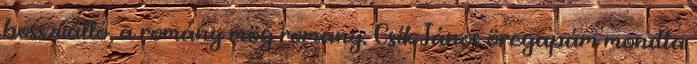
bosszúálló, a romány mög romány. Csík János öregapám mondta